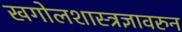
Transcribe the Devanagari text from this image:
खगोलशास्त्रज्ञावरुन